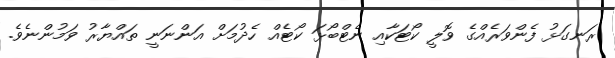
ރަނގަޅު ފެންވަރެއްގެ ވޮލީ ކޯޓަކާއި ނެޓްބޯޅަ ކޯޓެއް ހެދުމަށް އަންނަނީ ތައްޔާރު ވަމުންނެވެ.